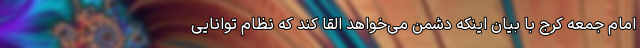
امام جمعه کرج با بیان اینکه دشمن می‌خواهد القا کند که نظام توانایی